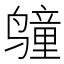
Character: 𲎆